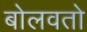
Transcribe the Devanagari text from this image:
बोलवतो